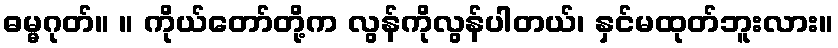
ဓမ္မဂုတ်။ ။ ကိုယ်တော်တို့က လွန်ကိုလွန်ပါတယ်၊ နှင်မထုတ်ဘူးလား။